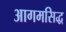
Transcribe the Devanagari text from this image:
आगमसिद्ध